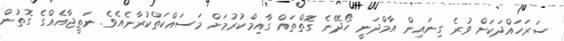
ސަރަހައްދަކަށް ވުރެ ގިނައިން އާމްދަނީ ހޯދޭނެ ގޮތްތައް ގާއިމްކުރުމަށް މަސައްކަތްކުރާނެއެވެ. ނަތީޖާއެއްގެ ގޮތުން